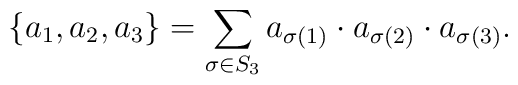
\{a_1,a_2,a_3\}=\sum_{\sigma\in S_3}         a_{\sigma(1)}\cdot a_{\sigma(2)}\cdot a_{\sigma(3)}.